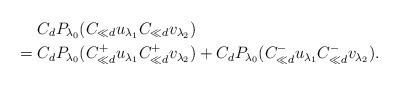
LaTeX: \begin{align*} &C_d P_{\lambda_0}( C_{\ll d} u_{\lambda_1} C_{\ll d } v_{\lambda_2} ) \\={}& C_d P_{\lambda_0}( C^+_{\ll d} u_{\lambda_1} C^+_{\ll d } v_{\lambda_2} ) + C_d P_{\lambda_0}( C^-_{\ll d} u_{\lambda_1} C^-_{\ll d } v_{\lambda_2} ). \end{align*}